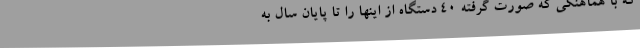
که با هماهنگی که صورت گرفته 40 دستگاه از اینها را تا پایان سال به